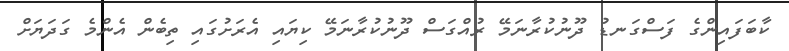
ކާބަފައިންގެ ފަސްގަނޑު ދޫނުކުރާނަމޭ ރުއްގަސް ދޫނުކުރާނަމޭ ކިޔައި އެރަށުގައި ތިބެން އެންމެ ގަދަޔަށް